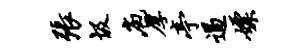
张圾庖厚亭遏嫖